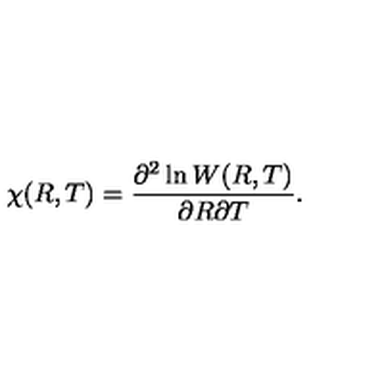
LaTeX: \chi ( R , T ) = \frac { \partial ^ { 2 } \ln W ( R , T ) } { \partial R \partial T } .